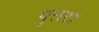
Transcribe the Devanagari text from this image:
पुत्तरा